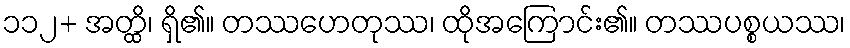
၁၁၂+ အတ္ထိ၊ ရှိ၏။ တဿဟေတုဿ၊ ထိုအကြောင်း၏။ တဿပစ္စယဿ၊